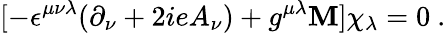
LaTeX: [-\epsilon^{\mu\nu\lambda}(\partial_{\nu}+2ieA_{\nu})+g^{\mu\lambda}\mathbf{M}]\chi_{\lambda}=0~.